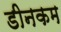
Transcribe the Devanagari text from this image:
डीनकम